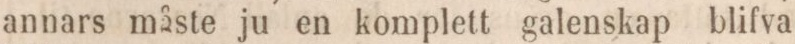
annars måste ju en komplett galenskap blifva